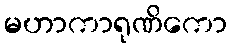
မဟာကာရုဏိကော